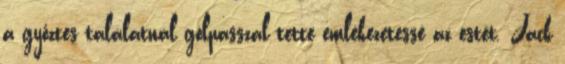
a győztes találatnál gólpasszal tette emlékezetessé az estét. Jack